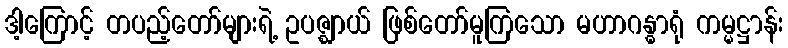
ဒါ့ကြောင့် တပည့်တော်များရဲ့ ဥပဇ္ဈာယ် ဖြစ်တော်မူကြသော မဟာဂန္ဓာရုံ ကမ္မဋ္ဌာန်း